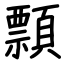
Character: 顠